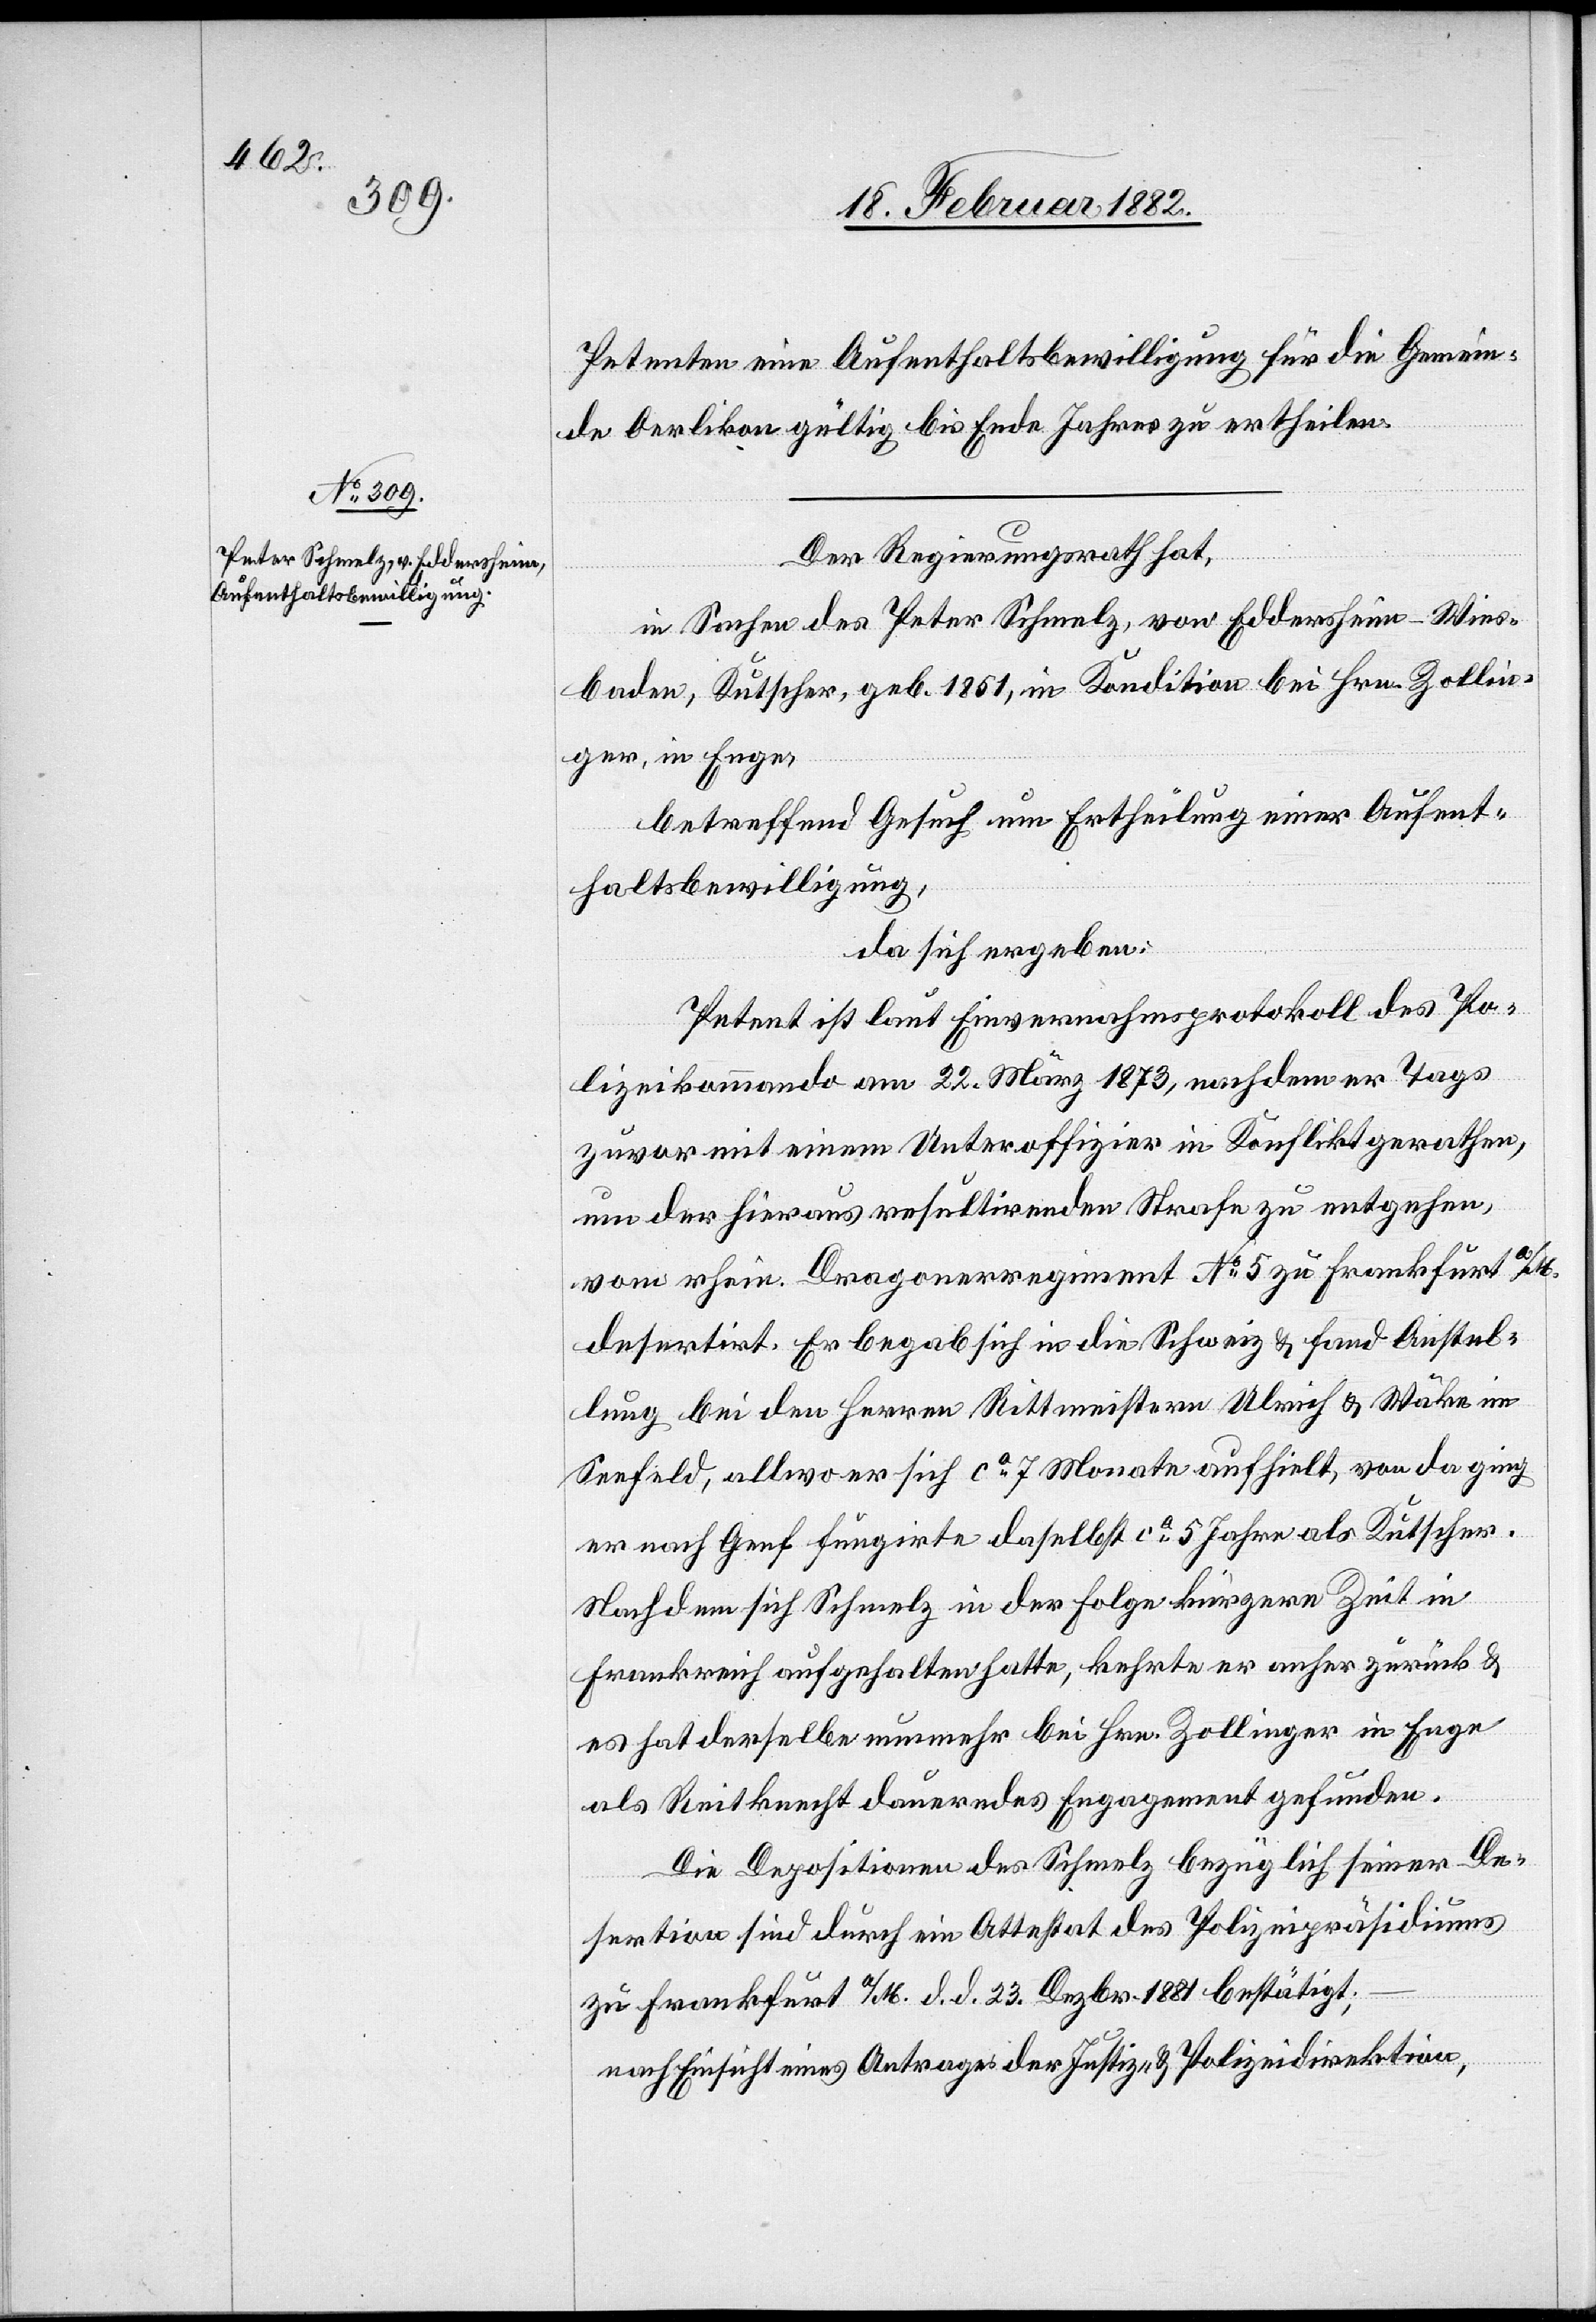
Petenten eine Aufenthaltsbewilligung für die Gemein¬
de Oerlikon gültig bis Ende Jahres zu ertheilen.
Der Regierungsrath hat,
in Sachen des Peter Schmelz, von Eddersheim - Wies¬
baden, Kutscher, geb. 1851, in Kondition bei Hrn. Zollin¬
ger, in Enge,
betreffend Gesuch um Ertheilung einer Aufent¬
haltsbewilligung,
da sich ergeben:
Petent ist laut Einvernahmsprotokoll des Po¬
lizeikommando am 2. März 1873, nachdem er Tags
zuvor mit einem Unteroffizier in Konflikt gerathen,
um der hieraus resultirenden Strafe zu entgehen,
vom rhein. Dragonerregiment No 5 zu Frankfurt a/M
desertirt. Er begab sich in die Schweiz & fand Anstel¬
lung bei den Herren Rittmeister Ulrich & Wäke im
Seefeld, allwo er sich ca 7 Monate aufhielt, von da ging
er nach Genf fungierte daselbst ca 5 Jahre als Kutscher.
Nachdem sich Schmelz in der Folge kürzerer Zeit in
Frankreich aufgehalten hatte, kehrte er anher zurück &
es hat derselbe nunmehr bei Herr Zollinger in Enge
als Reitknecht dauerndes Engagement gefunden.
Die Depositionen des Schmelz bezüglich seiner De¬
sertion sind durch ein Attestat des Polizeipräsidiums
zu Frankfurt a/M d. d. 23. Dezbr. 1881 bestätigt;
nach Einsicht eines Antrages der Justiz- & Polizeidirektion,